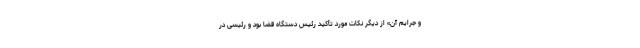
و جرایم آن» از دیگر نکات مورد تأکید رئیس دستگاه قضا بود و رئیسی در